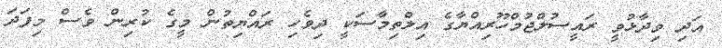
އަދި ވިދާޅުވީ ރައީސުލްޖުމްހޫރިއްޔާގެ އިލްތިމާސަކީ ދިވެހި ރައްޔިތުން މީގެ ކުރިން ވެސް މިފަދަ